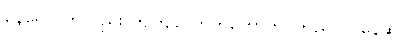
နေရောင်ကလည်း ကျဲကျဲတောက်တောက် ကြည်လင်နေဆဲ။